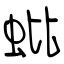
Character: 蚍